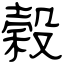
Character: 榖